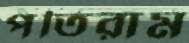
পতিরাম